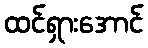
ထင်ရှားအောင်